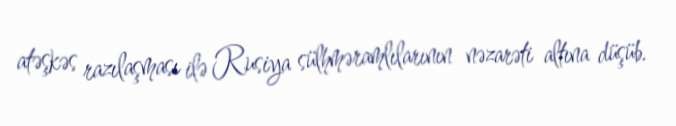
atəşkəs razılaşması ilə Rusiya sülhməramlılarının nəzarəti altına düşüb.